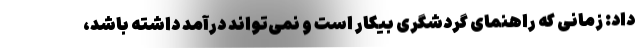
داد: زمانی که راهنمای گردشگری بیکار است و نمی‌تواند درآمد داشته باشد،